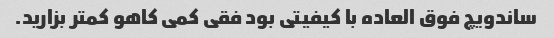
ساندویچ فوق العاده با کیفیتی بود فقی کمی کاهو کمتر بزارید.